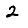
Digit: 2